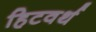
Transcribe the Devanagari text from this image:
हिटवर्थ